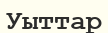
Уыттар